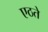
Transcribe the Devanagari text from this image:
एठते